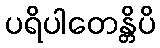
ပရိပါတေန္တိပိ